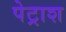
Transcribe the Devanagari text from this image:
पेट्राश